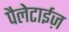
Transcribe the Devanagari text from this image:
पैलेटाईज़